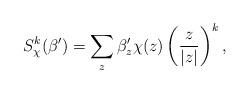
LaTeX: \begin{align*}S_{\chi}^k(\beta') = \sum_{z}\beta'_z\chi(z)\left(\frac{z}{|z|}\right)^k,\end{align*}